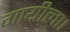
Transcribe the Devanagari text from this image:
गायीला।